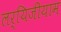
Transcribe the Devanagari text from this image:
लर्यिजीयाम